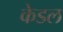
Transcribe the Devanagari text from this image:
केडल